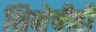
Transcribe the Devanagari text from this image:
शिक्षेचीही